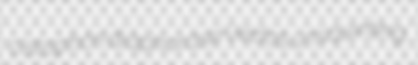
cistophori diaphorase Vedas unsquinting